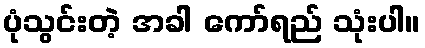
ပုံသွင်းတဲ့ အခါ ကော်ရည် သုံးပါ။